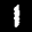
Label: 1